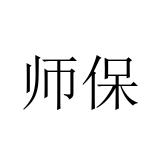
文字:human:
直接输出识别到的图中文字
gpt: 师保